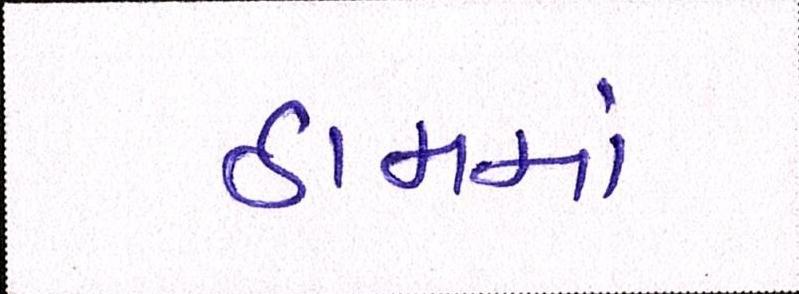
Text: ઠામમાં